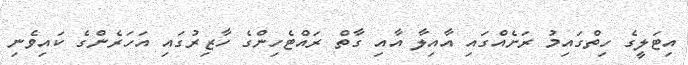
އިޓަލީގެ ހިތްގައިމު ރަށެއްގައި އާއިލާ އާއި ގާތް ރައްޓެހިންގެ ހާޒިރުގައި އަހަރެންގެ ކައިވެނި